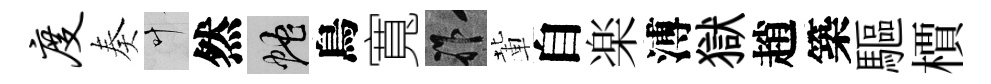
度奏叶然蛇鳥寬祚輩自楽溥獄趙築驅檟